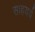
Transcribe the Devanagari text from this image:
साहयर्य